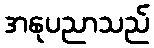
အနုပညာသည်